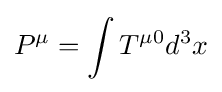
P^{\mu }=\int T^{\mu 0}d^{3}x